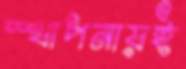
স্থাপনায়ই